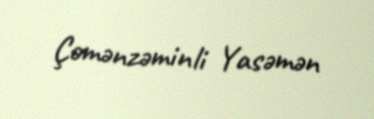
Çəmənzəminli Yasəmən